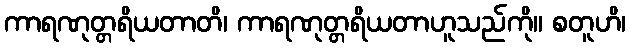
ကာရဏုတ္တရိယတာတိ၊ ကာရဏုတ္တရိယတာဟူသည်ကို။ စတူဟိ၊